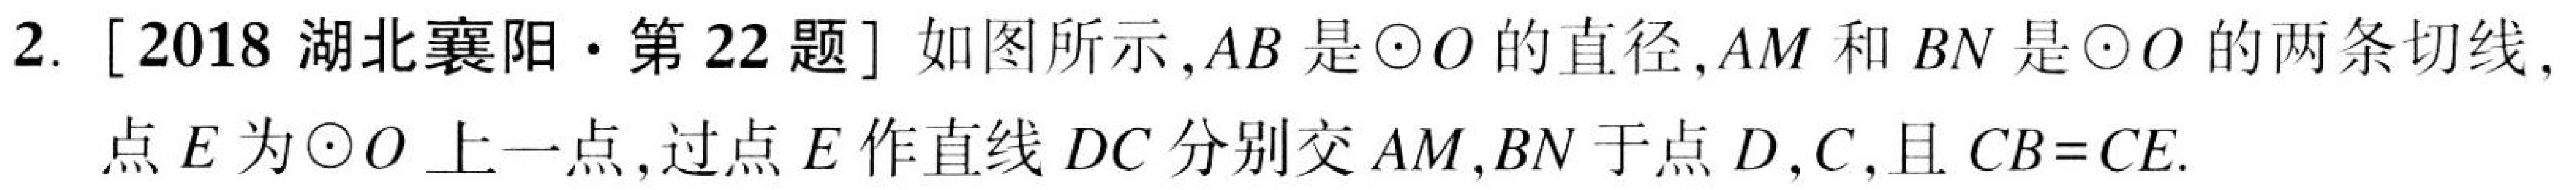
2. [2018湖北襄阳·第22题] 如图所示，\(AB\)是\(\odot O\)的直径，\(AM\)和\(BN\)是\(\odot O\)的两条切线，点\(E\)为\(\odot O\)上一点，过点\(E\)作直线\(DC\)分别交\(AM\)，\(BN\)于点\(D\)，\(C\)，且\(CB = CE\).